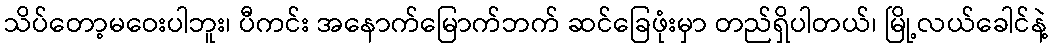
သိပ်တော့မဝေးပါဘူး၊ ပီကင်း အနောက်မြောက်ဘက် ဆင်ခြေဖုံးမှာ တည်ရှိပါတယ်၊ မြို့လယ်ခေါင်နဲ့